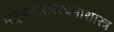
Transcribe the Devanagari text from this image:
मनुष्यशरीररचनाशास्त्र